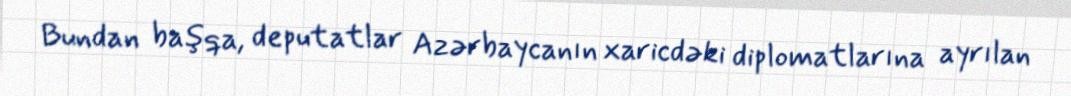
Bundan başqa, deputatlar Azərbaycanın xaricdəki diplomatlarına ayrılan